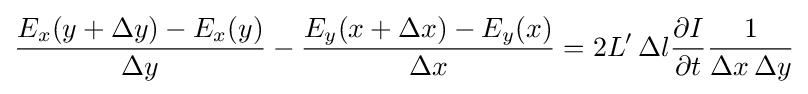
{\frac {E_{x}(y+\Delta y)-E_{x}(y)}{\Delta y}}-{\frac {E_{y}(x+\Delta x)-E_{y}(x)}{\Delta x}}=2L'\,\Delta l{\frac {\partial {I}}{\partial {t}}}{\frac {1}{\Delta x\,\Delta y}}